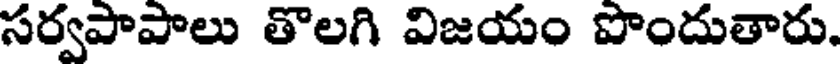
సర్వపాపాలు తొలగి విజయం పొందుతారు.